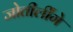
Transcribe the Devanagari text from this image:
जोतीर्लींगे